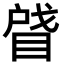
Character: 䁉